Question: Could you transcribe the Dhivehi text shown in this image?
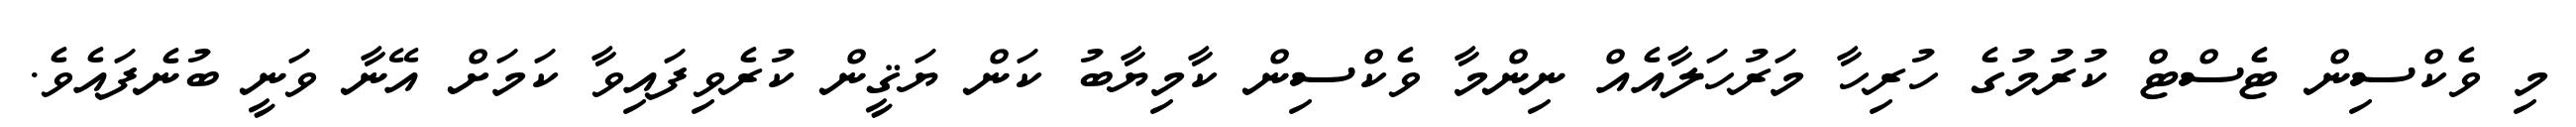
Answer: މި ވެކްސިން ޓެސްޓް ކުރުމުގެ ހުރިހާ މަރުހަލާއެއް ނިންމާ ވެކްސިން ކާމިޔާބު ކަން ޔަޤީން ކުރެވިފައިވާ ކަމަށް އޭނާ ވަނީ ބުނެފައެވެ.